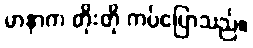
မာနာက တိုးတို ကပ်ပြောသည်။